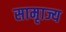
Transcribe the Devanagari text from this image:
सामृाज्य